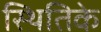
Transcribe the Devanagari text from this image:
स्थितिके